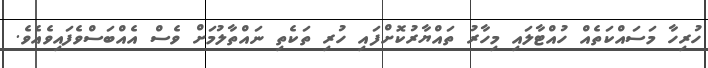
ހުރިހާ މަސައްކަތެއް ހުއްޓާލައި މިހާރު ތައްޔާރުކޮށްފައި ހުރި ތަކެތި ނައްތާލުމަށް ވެސް އެއްބަސްވެފައިވެއެވެ.